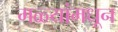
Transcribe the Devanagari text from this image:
मळ्यांमधून